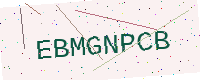
Text: EBMGNPCB